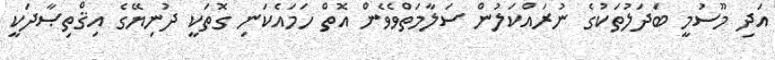
އަދި މޫސުމީ ބަދަލުތަކުގެ ނުރައްކަލުން ސަލާމަތްވެވެން އޮތް ހަމައެކަނި ގޮތަކީ ދުނިޔޭގެ އިޤްތިޞާދަކީ